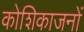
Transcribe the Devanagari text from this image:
कोशिकाजनों